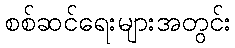
စစ်ဆင်ရေးများအတွင်း